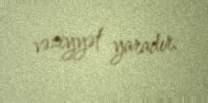
vəziyyət yaradır.